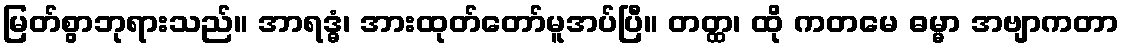
မြတ်စွာဘုရားသည်။ အာရဒ္ဓံ၊ အားထုတ်တော်မူအပ်ပြီ။ တတ္ထ၊ ထို ကတမေ ဓမ္မာ အဗျာကတာ